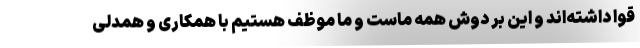
قوا داشته‌اند و این بر دوش همه ماست و ما موظف هستیم با همکاری و همدلی